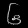
Digit: ၆